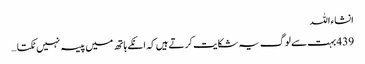
انشاءاللہ
439 بہت سے لوگ یہ شکایت کرتے ہیں کہ انکے ہاتھ میں پیسہ نہیں ٹکتا …